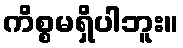
ကိစ္စမရှိပါဘူး။